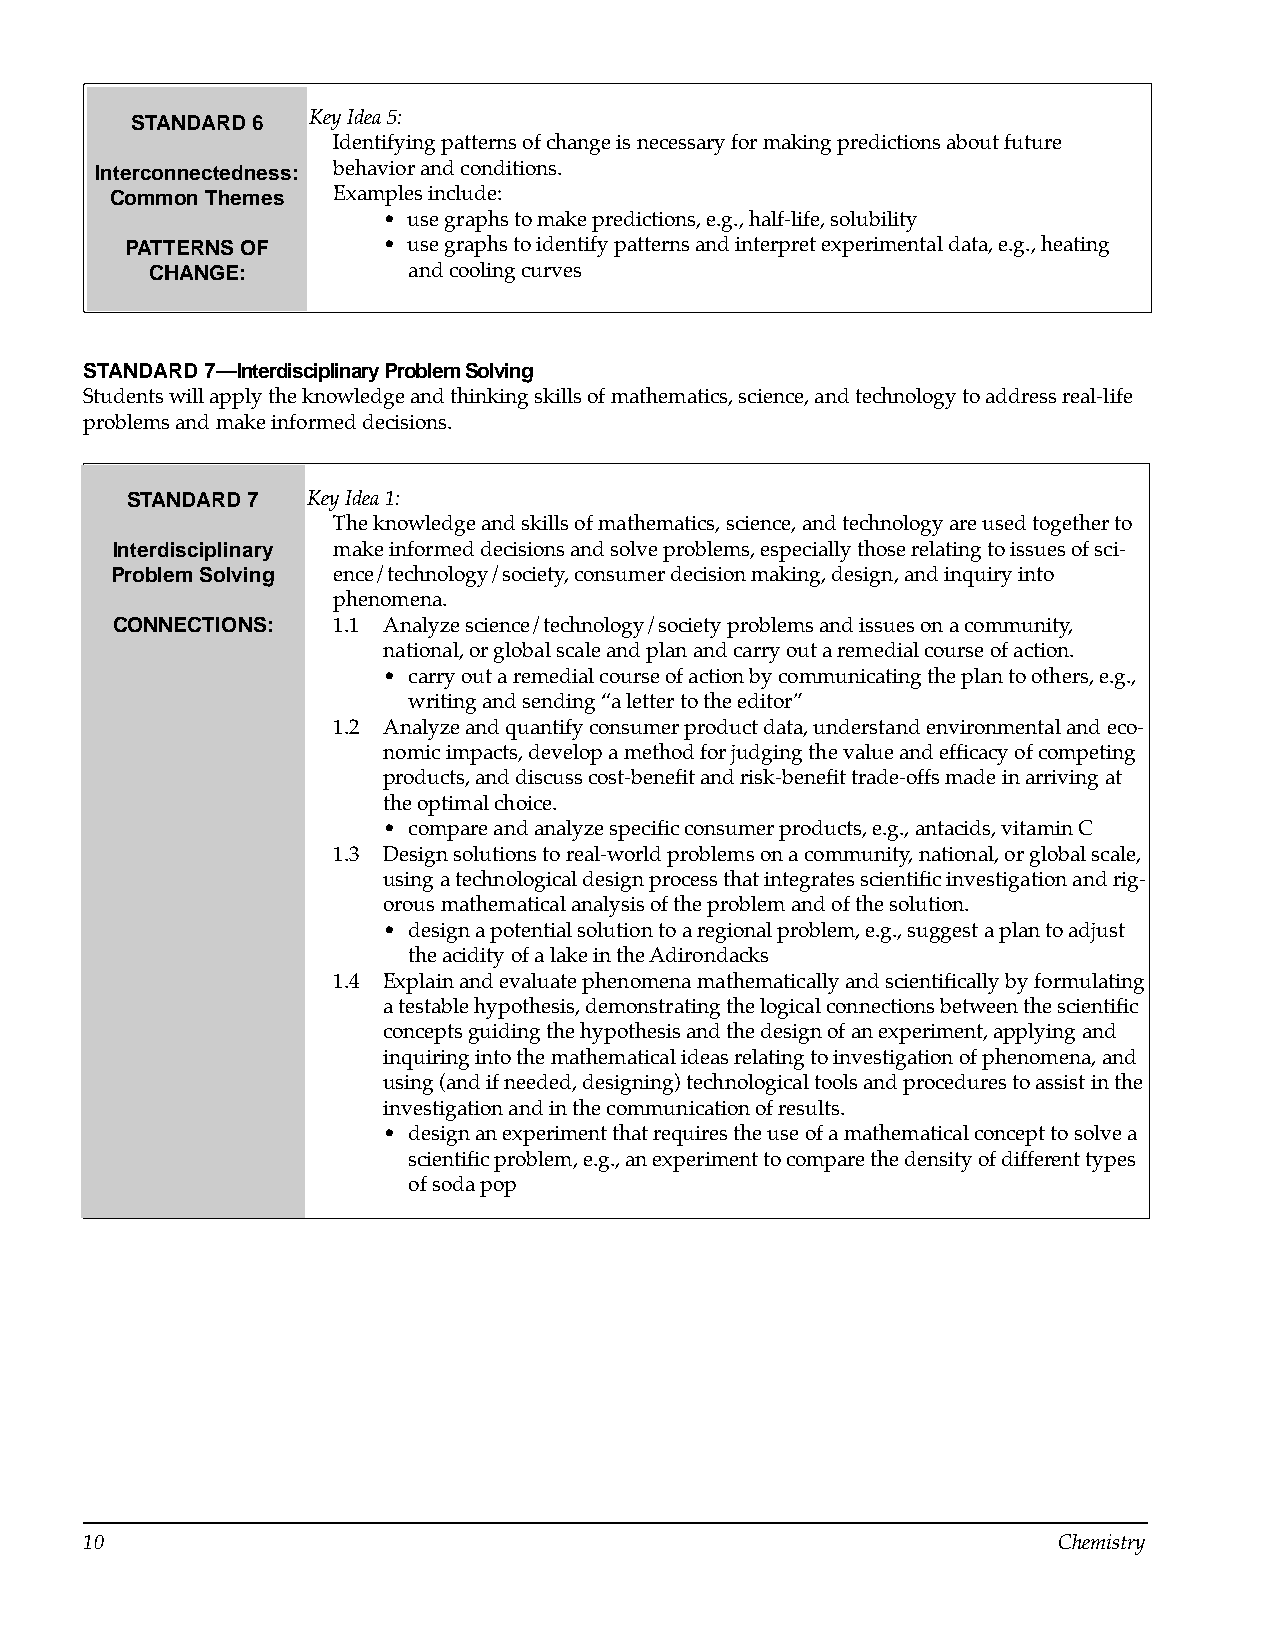
STANDARD 6 Key Idea 5:
 Identifying patterns of change is necessary for making predictions about future
 Interconnectedness: behavior and conditions.
 Common Themes  Examples include:
 • use graphs to make predictions, e.g., half-life, solubility
 PATTERNS OF      • use graphs to identify patterns and interpret experimental data, e.g., heating
 CHANGE:          and cooling curves
 STANDARD 7—Interdisciplinary Problem Solving
 Students will apply the knowledge and thinking skills of mathematics, science, and technology to address real-life
 problems and make informed decisions.
 STANDARD 7  Key Idea 1:
 The knowledge and skills of mathematics, science, and technology are used together to
 Interdisciplinary make informed decisions and solve problems, especially those relating to issues of sci-
 Problem Solving ence/technology/society, consumer decision making, design, and inquiry into
 phenomena.
 CONNECTIONS:   1.1 Analyze science/technology/society problems and issues on a community,
 national, or global scale and plan and carry out a remedial course of action.
 • carry out a remedial course of action by communicating the plan to others, e.g.,
 writing and sending “a letter to the editor”
 1.2 Analyze and quantify consumer product data, understand environmental and eco­
 nomic impacts, develop a method for judging the value and efficacy of competing
 products, and discuss cost-benefit and risk-benefit trade-offs made in arriving at
 the optimal choice.
 • compare and analyze specific consumer products, e.g., antacids, vitamin C
 1.3 Design solutions to real-world problems on a community, national, or global scale,
 using a technological design process that integrates scientific investigation and rig­
 orous mathematical analysis of the problem and of the solution.
 • design a potential solution to a regional problem, e.g., suggest a plan to adjust
 the acidity of a lake in the Adirondacks
 1.4 Explain and evaluate phenomena mathematically and scientifically by formulating
 a testable hypothesis, demonstrating the logical connections between the scientific
 concepts guiding the hypothesis and the design of an experiment, applying and
 inquiring into the mathematical ideas relating to investigation of phenomena, and
 using (and if needed, designing) technological tools and procedures to assist in the
 investigation and in the communication of results.
 • design an experiment that requires the use of a mathematical concept to solve a
 scientific problem, e.g., an experiment to compare the density of different types
 of soda pop
 10                                                              Chemistry